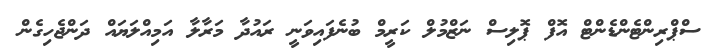
ސްޕްރިންޓެންޑެންޓް އޮފް ޕޮލިސް ނަޒްމުލް ކަރީމް ބުނެފައިވަނީ ރައުދާ މަރާލާ އަމިއްލަޔައް ދަންޖެހިގެން